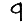
Digit: 9